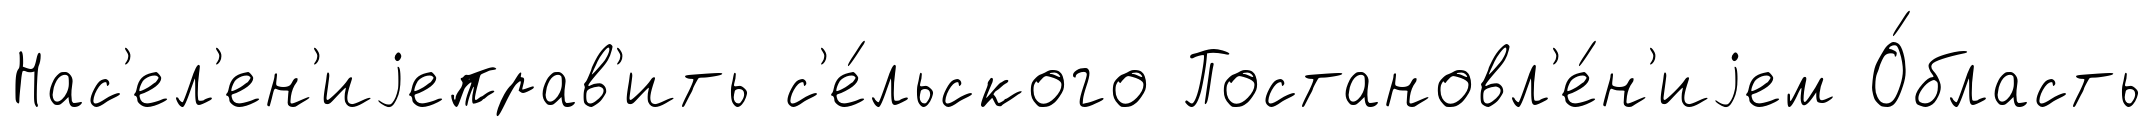
Нас'ел'ен'иjеправ'ить с'е́льского Постановл'е́н'иjем О́бласть